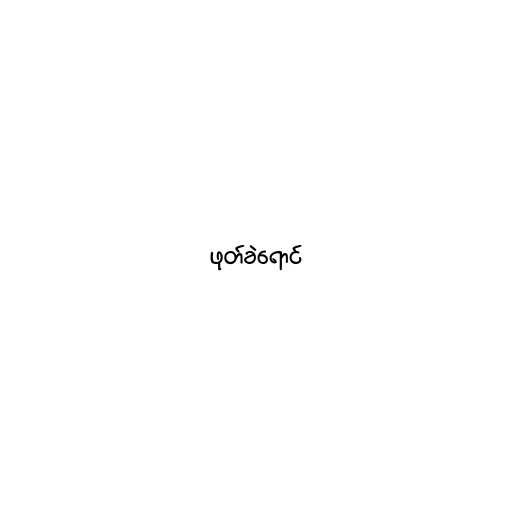
ဖုတ်ခဲရောင်